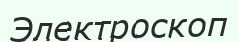
Электроскоп